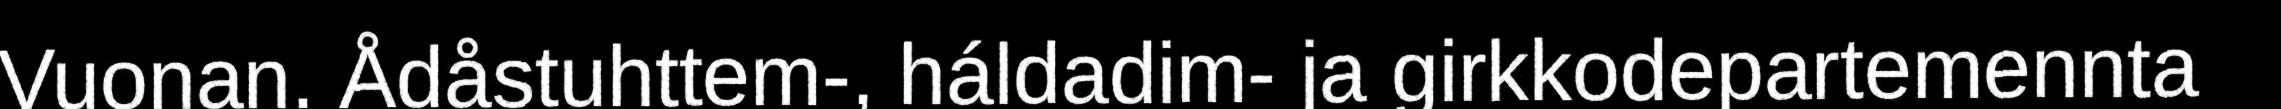
Vuonan. Ådåstuhttem-, háldadim- ja girkkodepartemennta